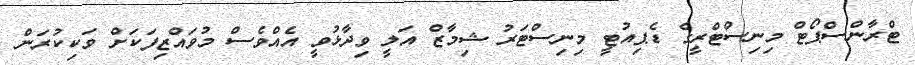
ޓްރާންސްޕޯޓް މިނިސްޓްރީގެ ޑެޕިއުޓީ މިނިސްޓަރު ޝިމާޒް އަލީ ވިދާޅުވީ އެއްވެސް މުވައްޒިފަކަށް ވަކިކުރަން